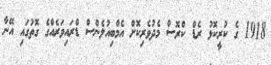
1918 ގެ ކުރީކޮޅު ރެޑް ކްރޮސް މެދުވެރިކޮށް އެމްބިއުލެންސް ޑްރައިވަރެއްގެ ގޮތުގައި އޭނާ